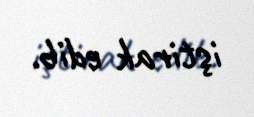
iştirak edib.